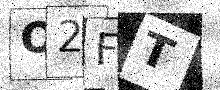
Text: O2FT